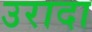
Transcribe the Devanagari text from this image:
उरादा